Civil Veterinary Dept. Bombay admin report 1893-99 - 1893-1899
Year: 1893
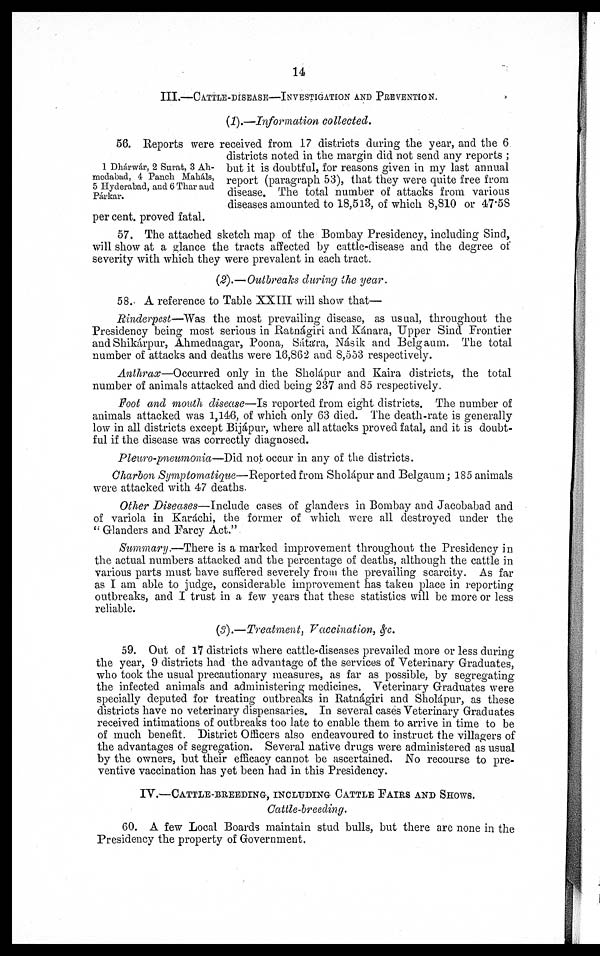
14.
III.—CATTLE-DISEASE—INVESTIGATION AND PREVENTION.
(1).—Information collected.
1 Dhárwár, 2 Surat, 3 Ah-
medabad, 4 Panch Maháls,
5 Hyderabad, and 6 Thar and
Párkar.
56. Reports were received from 17 districts during the year, and the 6
districts noted in the margin did not send any reports;
but it is doubtful, for reasons given in my last annual
report (paragraph 53), that they were quite free from
disease. The total number of attacks from various
diseases amounted to 18,513, of which 8,810 or 47.58
per cent. proved fatal.
57. The attached sketch map of the Bombay Presidency, including Sind,
will show at a glance the tracts affected by cattle-disease and the degree of
severity with which they were prevalent in each tract.
(2).—Outbreaks during the year.
58. A reference to Table XXIII will show that—
Rinderpest—Was the most prevailing disease, as usual, throughout the
Presidency being most serious in Ratnágiri and Kánara, Upper Sind Frontier
and Shikárpur, Ahmednagar, Poona, Sátára, Násik and Belgaum. The total
number of attacks and deaths were 16,862 and 8,553 respectively.
Anthrax—Occurred only in the Sholápur and Kaira districts, the total
number of animals attacked and died being 237 and 85 respectively.
Foot and mouth disease—Is reported from eight districts. The number of
animals attacked was 1,146, of which only 63 died. The death-rate is generally
low in all districts except Bijápur, where all attacks proved fatal, and it is doubt-
ful if the disease was correctly diagnosed.
Pleuro-pneumonia—Did not occur in any of the districts.
Charbon Symptomatique—Reported from Sholápur and Belgaum; 185 animals
were attacked with 47 deaths.
Other Diseases—Include cases of glanders in Bombay and Jacobabad and
of variola in Karáchi, the former of which were all destroyed under the
"Glanders and Farcy Act."
Summary.—There is a marked improvement throughout the Presidency in
the actual numbers attacked and the percentage of deaths, although the cattle in
various parts must have suffered severely from the prevailing scarcity. As far
as I am able to judge, considerable improvement has taken place in reporting
outbreaks, and I trust in a few years that these statistics will be more or less
reliable.
(3).—Treatment, Vaccination, &c.
59. Out of 17 districts where cattle-diseases prevailed more or less during
the year, 9 districts had the advantage of the services of Veterinary Graduates,
who took the usual precautionary measures, as far as possible, by segregating
the infected animals and administering medicines. Veterinary Graduates were
specially deputed for treating outbreaks in Ratnágiri and Sholápur, as these
districts have no veterinary dispensaries. In several cases Veterinary Graduates
received intimations of outbreaks too late to enable them to arrive in time to be
of much benefit. District Officers also endeavoured to instruct the villagers of
the advantages of segregation. Several native drugs were administered as usual
by the owners, but their efficacy cannot be ascertained. No recourse to pre-
ventive vaccination has yet been had in this Presidency.
IV.—CATTLE-BREEDING, INCLUDING CATTLE FAIRS AND SHOWS.
Cattle-breeding.
60. A few Local Boards maintain stud bulls, but there are none in the
Presidency the property of Government.